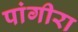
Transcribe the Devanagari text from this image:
पांगीरा